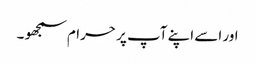
اور اسے اپنے آپ پر حرام سمجھو ۔